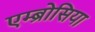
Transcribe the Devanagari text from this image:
एम्ब्रोसिया